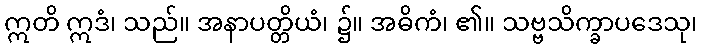
ဣတိ ဣဒံ၊ သည်။ အနာပတ္တိယံ၊ ၌။ အဓိကံ၊ ၏။ သဗ္ဗသိက္ခာပဒေသု၊